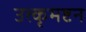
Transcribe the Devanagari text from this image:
उत्कृमष्टन